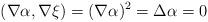
LaTeX: \begin{align*}(\nabla \alpha,\nabla \xi)=(\nabla \alpha)^2=\Delta\alpha=0\end{align*}